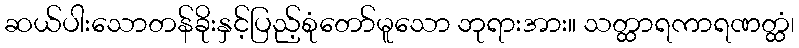
ဆယ်ပါးသောတန်ခိုးနှင့်ပြည့်စုံတော်မူသော ဘုရားအား။ သတ္ထာရကာရဏတ္ထံ၊